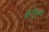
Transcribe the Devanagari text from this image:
बरेंई